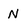
Character: N